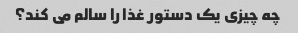
چه چیزی یک دستور غذا را سالم می کند؟